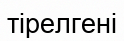
тірелгені